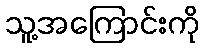
သူ့အကြောင်းကို